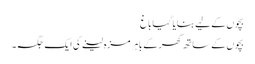
بچوں کے لیے بنایا گیا باغ
بچوں کے ساتھ گھر کے باہر مزہ لینے کی ایک جگہ۔